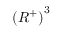
\left( R ^ { + } \right) ^ { 3 }